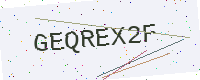
Text: GEQREX2F